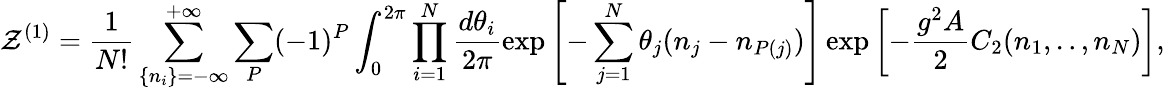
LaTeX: {\cal Z}^{(1)}=\frac{1}{N!}\sum_{\{ n_{i}\} =-\infty}^{+\infty}\sum_{P}(-1)^{P}\int_{0}^{2\pi}\prod_{i=1}^{N}\frac{d\theta_{i}}{2\pi}\exp\left[-\sum_{j=1}^{N}\theta_{j}(n_{j}-n_{P(j)})\right]\exp\left[-{\frac{g^{2}A}{2}}C_{2}(n_{1},..,n_{N})\right],